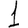
Digit: 1